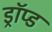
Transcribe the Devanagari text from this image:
ड्रॉप्ड